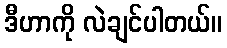
ဒီဟာကို လဲချင်ပါတယ်။